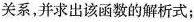
关系，并求出该函数的解析式；